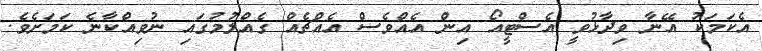
އެކަމަކު އޭނާ ވިދާޅުވީ އެސްޓީއޯ އިން އެއްވެސް އެއްޗެއް ގެއްލުމުގައި ނުވިއްކާނެ ކަމަށެވެ.